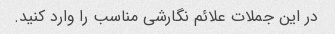
در این جملات علائم نگارشی مناسب را وارد کنید.